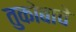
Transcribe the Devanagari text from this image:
तुकोबाचे